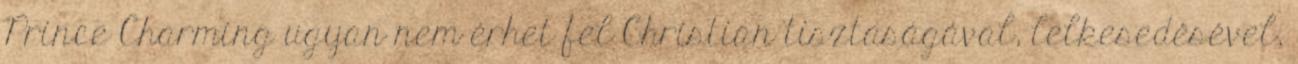
Prince Charming ugyan nem érhet fel Christian tisztaságával, lelkesedésével,